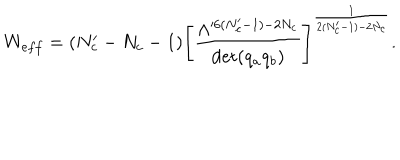
W _ { e f f } = ( N _ { c } ^ { \prime } - N _ { c } - 1 ) \left[ \frac { \Lambda ^ { \prime 6 ( N _ { c } ^ { \prime } - 1 ) - 2 N _ { c } } } { \det ( q _ { a } q _ { b } ) } \right] ^ { \frac { 1 } { 2 ( N _ { c } ^ { \prime } - 1 ) - 2 N _ { c } } } .